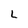
Character: L